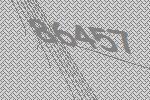
86457